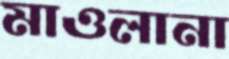
মাওলানা